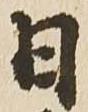
日